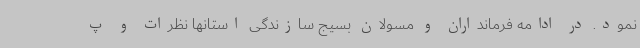
نمود. در ادامه فرمانداران و مسولان بسیج سازندگی استانها نظرات و پ